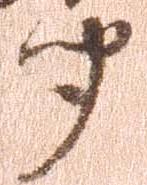
聞